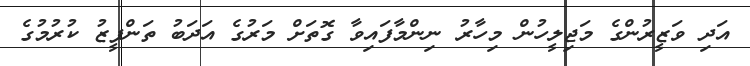
އަދި ވަޒީރުންގެ މަޖިލީހުން މިހާރު ނިންމާފައިވާ ގޮތަށް މަރުގެ އަދަބު ތަންފީޒު ކުރުމުގެ